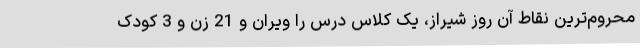
محروم‌ترین نقاط آن روز شیراز، یک کلاس درس را ویران و 21 زن و 3 کودک